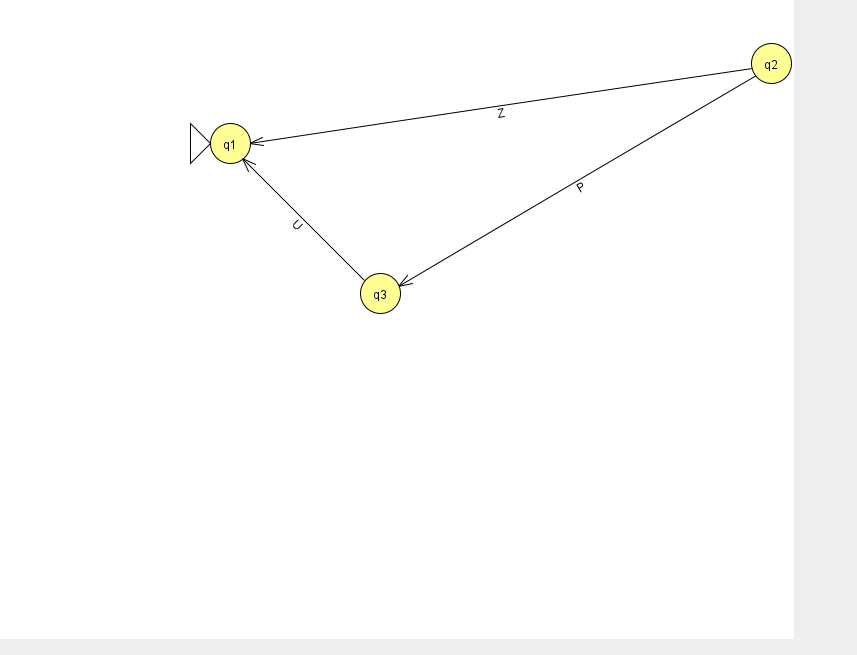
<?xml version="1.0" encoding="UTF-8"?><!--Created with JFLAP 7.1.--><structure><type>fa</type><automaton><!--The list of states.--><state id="1" name="q1"><x>230.0</x><y>130.0</y><initial/></state><state id="2" name="q2"><x>771.0</x><y>50.0</y></state><state id="3" name="q3"><x>380.0</x><y>280.0</y></state><!--The list of transitions.--><transition><from>2</from><to>1</to><read>Z</read></transition><transition><from>2</from><to>3</to><read>P</read></transition><transition><from>3</from><to>1</to><read>U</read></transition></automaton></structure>